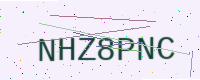
Text: NHZ8PNC